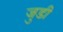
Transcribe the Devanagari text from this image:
जुडी